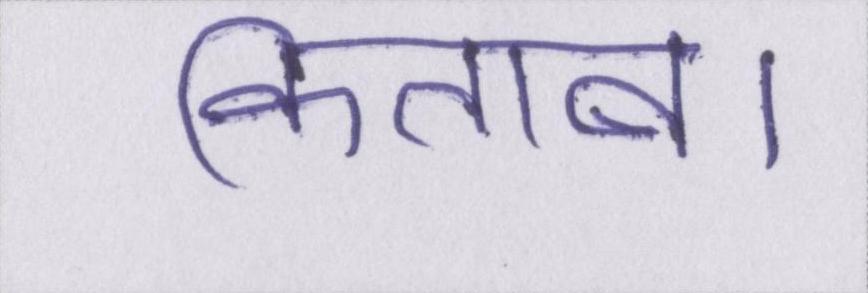
किताब।